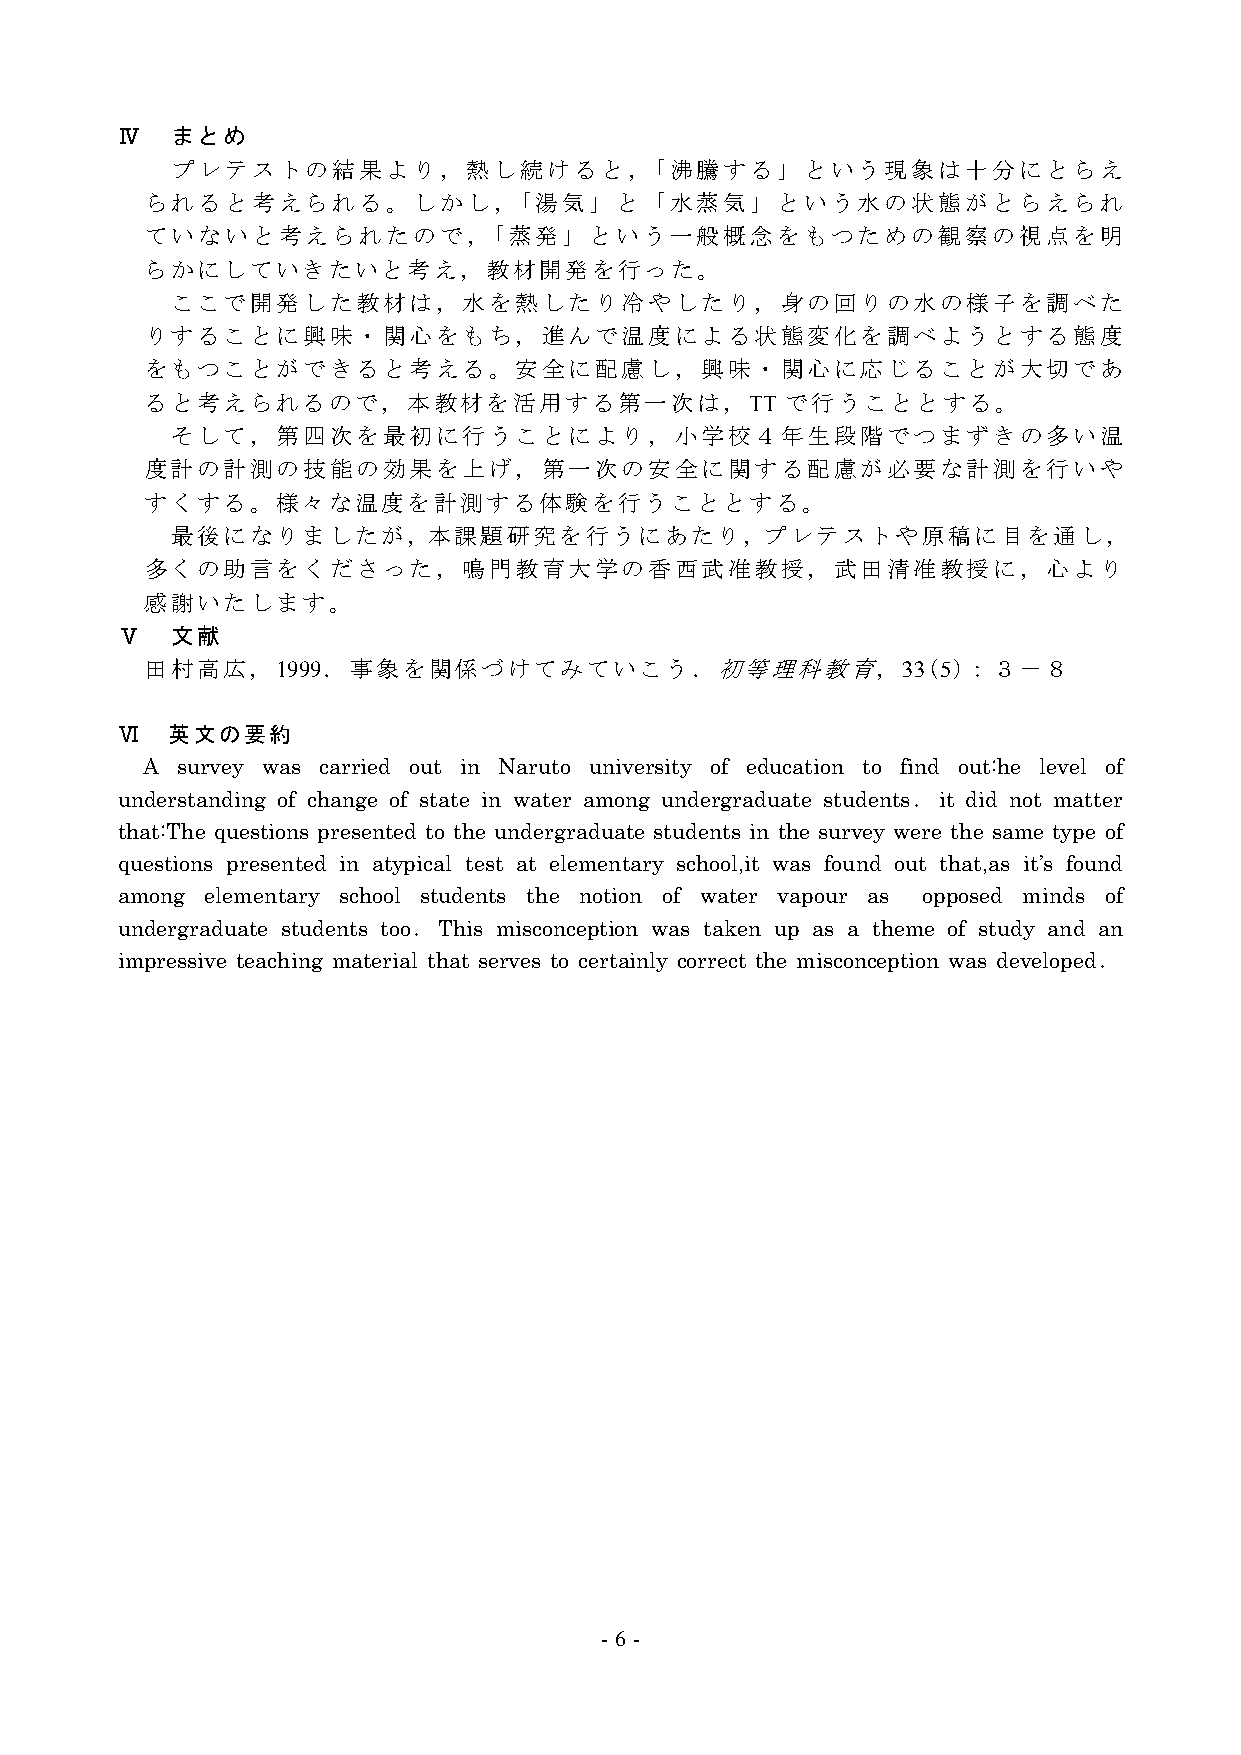
Ⅳ  まとめ
 プレテストの結果より，熱し続けると，「沸騰する」という現象は十分にとらえ
 られると考えられる。しかし，「湯気」と「水蒸気」という水の状態がとらえられ
 ていないと考えられたので，「蒸発」という一般概念をもつための観察の視点を明
 らかにしていきたいと考え，教材開発を行った。
 ここで開発した教材は，水を熱したり冷やしたり，身の回りの水の様子を調べた
 りすることに興味・関心をもち，進んで温度による状態変化を調べようとする態度
 をもつことができると考える。安全に配慮し，興味・関心に応じることが大切であ
 ると考えられるので，本教材を活用する第一次は，TT                 で行うこととする。
 そして，第四次を最初に行うことにより，小学校４年生段階でつまずきの多い温
 度計の計測の技能の効果を上げ，第一次の安全に関する配慮が必要な計測を行いや
 すくする。様々な温度を計測する体験を行うこととする。
 最後になりましたが，本課題研究を行うにあたり，プレテストや原稿に目を通し，
 多くの助言をくださった，鳴門教育大学の香西武准教授，武田清准教授に，心より
 感謝いたします。
 Ⅴ  文献
 田村高広，1999．事象を関係づけてみていこう．初等理科教育，33(5)：３－８
 Ⅵ  英文の要約
 A  survey was carried out in Naruto university of education to find out:he level of
 understanding of change of state in water among undergraduate students．it did not matter
 that:The questions presented to the undergraduate students in the survey were the same type of
 questions presented in atypical test at elementary school,it was found out that,as it’s found
 among elementary school students the notion of water vapour as opposed minds of
 undergraduate students too．This misconception was taken up as a theme of study and an
 impressive teaching material that serves to certainly correct the misconception was developed．
 - 6 -